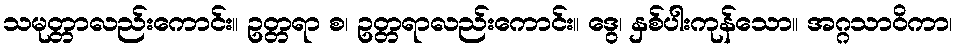
သမုတ္တာလည်းကောင်း။ ဥတ္တရာ စ၊ ဥတ္တရာလည်းကောင်း။ ဒွေ၊ နှစ်ပါးကုန်သော။ အဂ္ဂသာဝိကာ၊